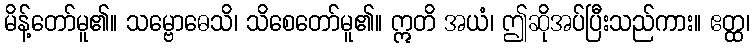
မိန့်တော်မူ၏။ သမ္ဗောဓေသိ၊ သိစေတော်မူ၏။ ဣတိ အယံ၊ ဤဆိုအပ်ပြီးသည်ကား။ ဧတ္ထ၊